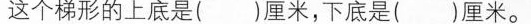
这个梯形的上底是()厘米，下底是()厘米。